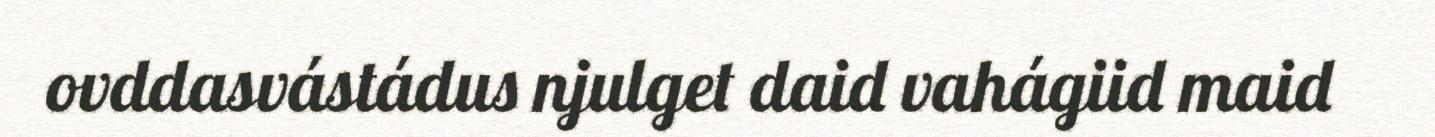
ovddasvástádus njulget daid vahágiid maid